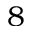
8